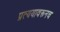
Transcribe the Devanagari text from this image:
प्रत्ययावरूनच